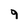
Character: 9